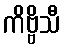
ကိဗ္ဗိသီ